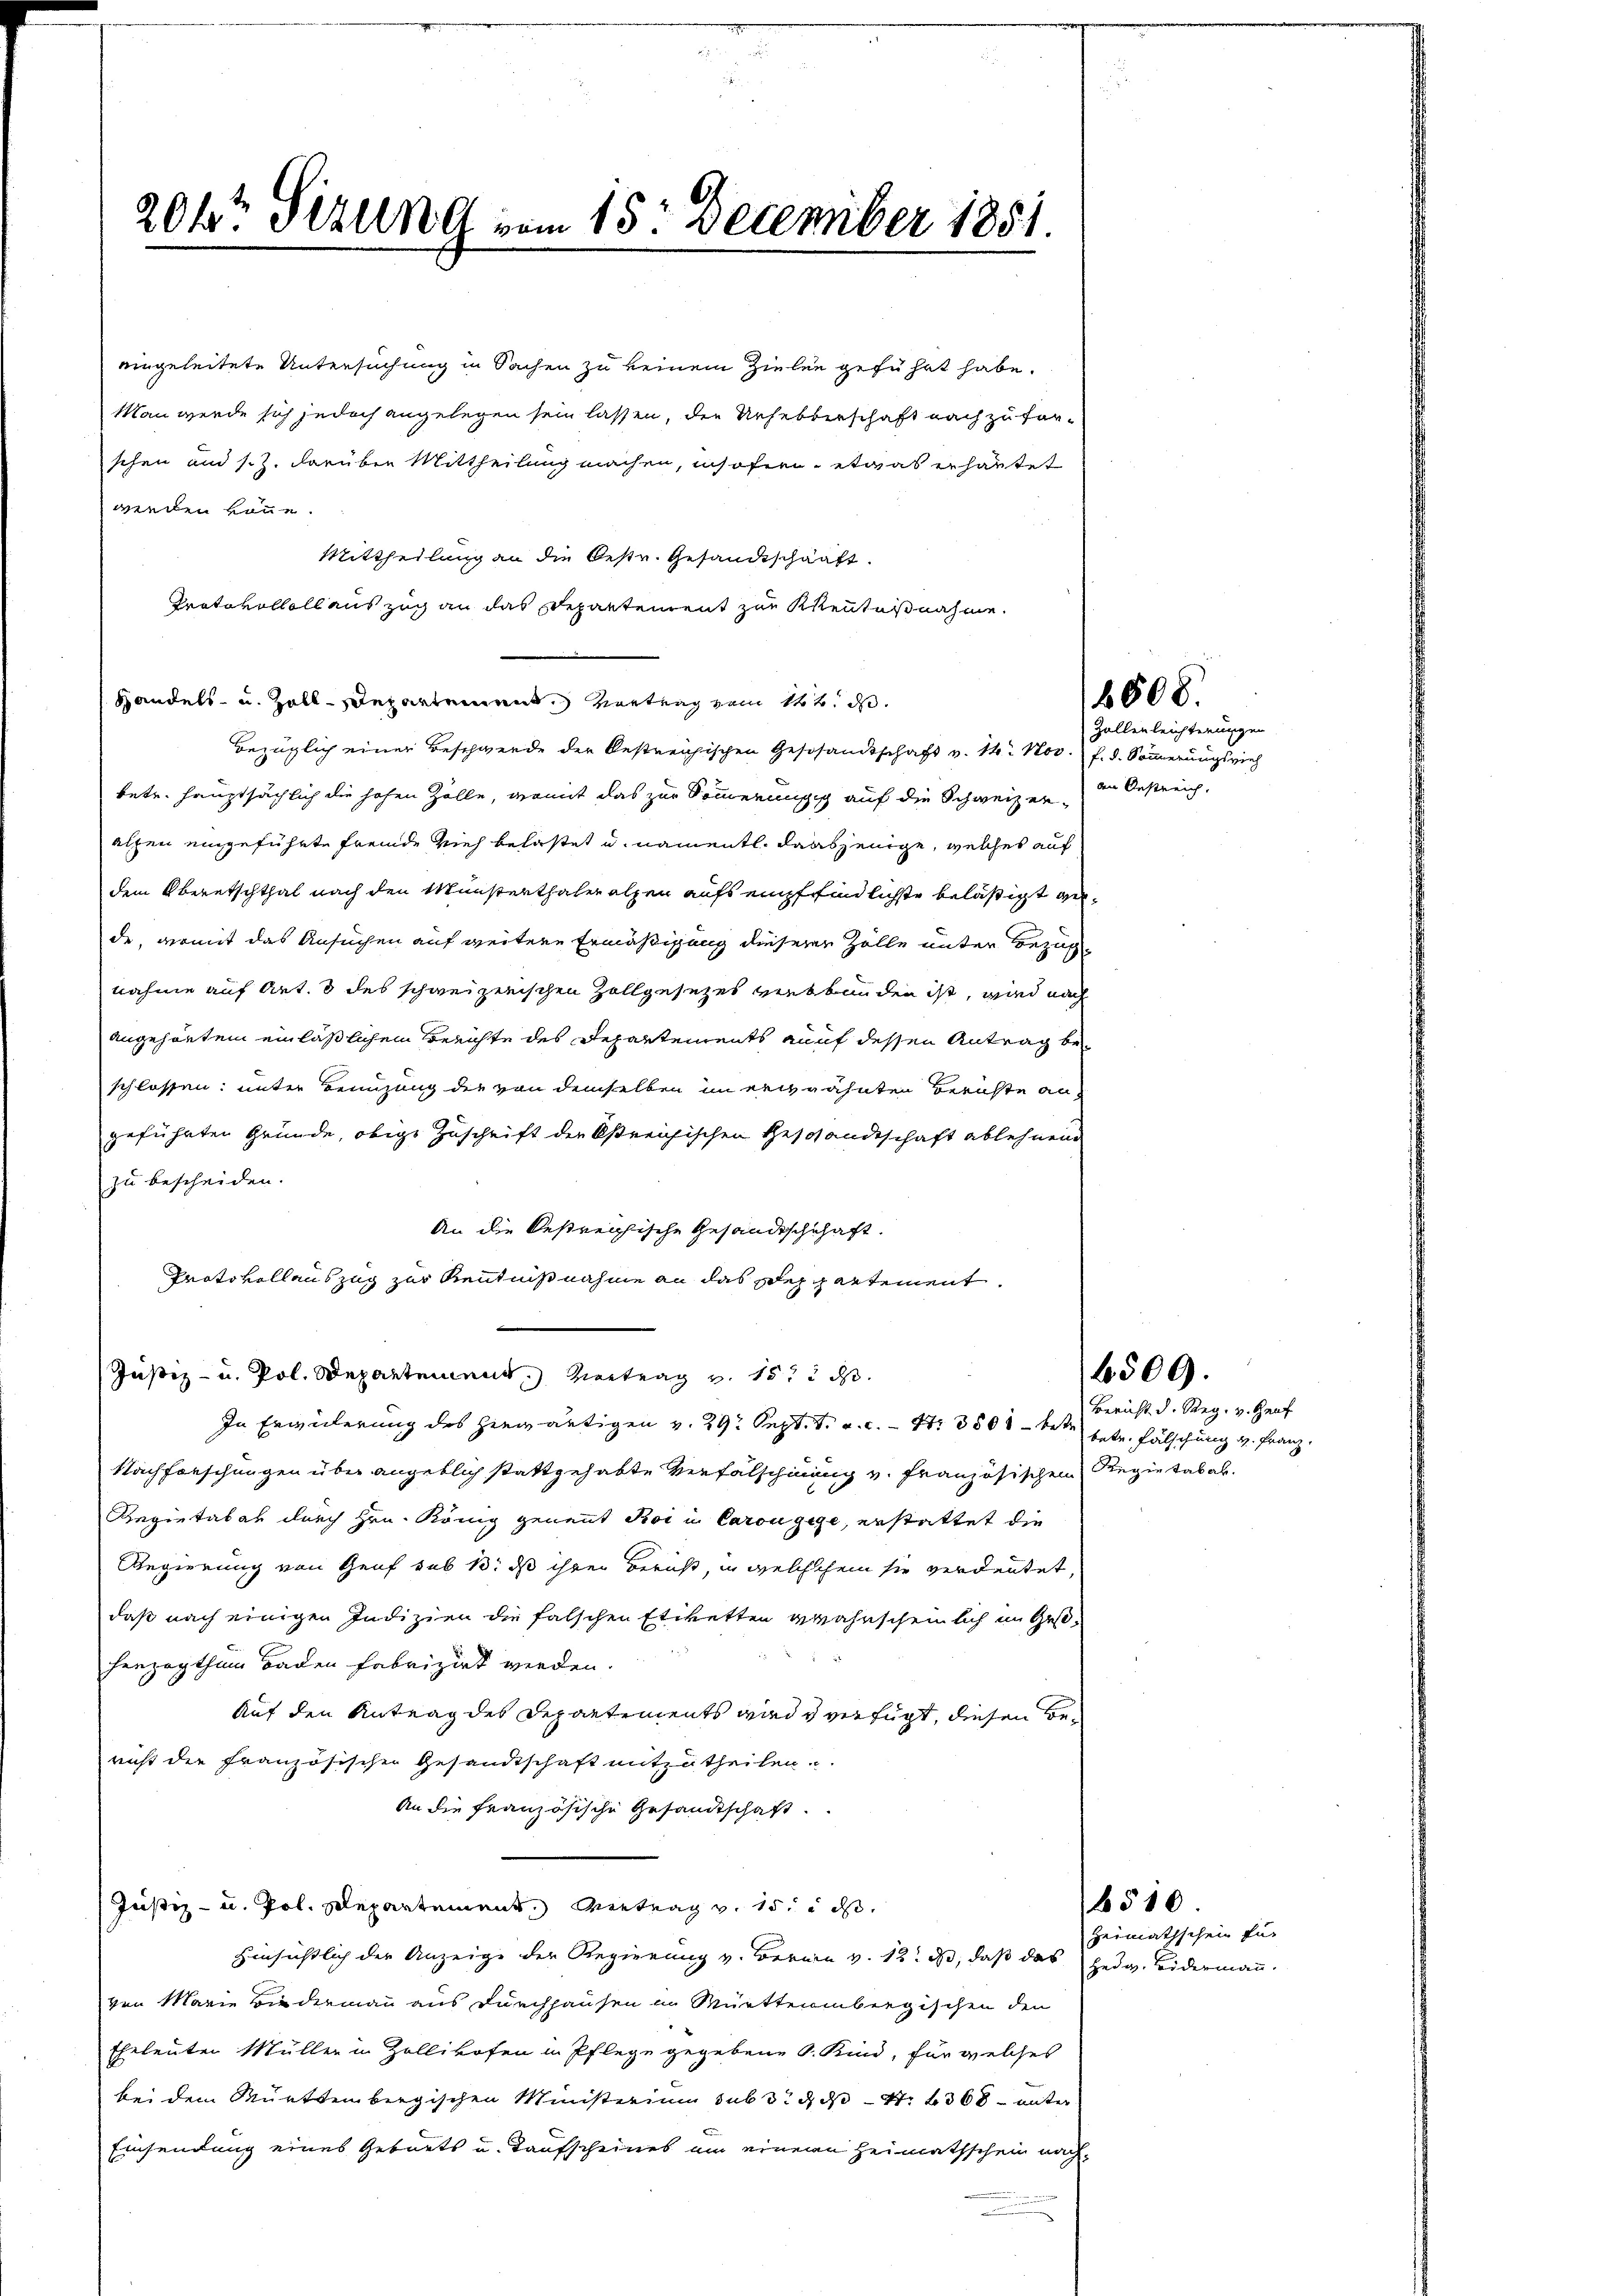
20kr. Sizung vom 15. December 1851.

eingeleitete Untersuchung in Sachen zu keinem Zielen geführt habe.
Man werde sich jedoch angelegen sein lassen, die Urhebberschaft nach zuforschen und s. Z. darüber Mittheilung machen, insofern etwas erhautet
werden könne.
Mittheilung an die bestr. Gesandtschaft.
Protokolloll auszug an das Departement zur Kenntnisnahme.
Handels- u. Zoll-Departement. Vortrag vom 14t. d.
bezüglich einer Beschwerde der bestreichischen Geschandschaft v. 14. Nov. f. d. Sonnerungsvieh
betr. hauptsächlich die hohen Zölle, womit das zur Sommerungig auf die Schweizeralpen eingeführte Fremde Vieh belastet u. namentl. dasjenige, welches auf
dem Oberatschthal nach den Münsterthaleralpen aufs empffindlichste belästigt werde, womit das Ansuchen auf weitere Ermäßigung dieserer Zolle unter Bezugnahme auf Art. 8 des schweizerischen Zollgesetzes verbunden ist, wird nach
angehörten einläßlichen Berichte des Departements auf dessen Antrag beschlossen: unter Benuzung der von demselben im erwähnten Berichte an
geführten Gründe, obige Zuschrift der Oßreichischen Geschandschaft ablehnend
zu bescheiden.
An die bestreichische Gesandtschschaft.
Protokollauszug zur Kenntnißnahme an das Departement.
Justiz- u. Pol. Departemend Vertrag v. 15t d.
In Erwiderung des herwärtigen v. 29 Sept. v. a. c. S. 3500 betr betr. Fälschung v. Franz,
Nachforschungen über angeblich stattgehabte Verfälschinung v. Französischen Regietab ab.
Repietater durch Hrn. König genannt Roi i Carougige, erstattet die
Regierung von Genf sub 13. ds ihrer Beruht, in welchchem sie verdeutet,
daß nach einigen Indizien die falschen Etiketten wahrscheinlich im Gesherzogthum Baden Fabrizirt werden.
Auf den Antrag des Departements wird verfügt, diesen Bericht die französischen Gesandtschaft mitzutheilen.
An die französische Gesandtschaft.
Justiz- u. Pol. Departement, Vertrag v. 15. ds.
Hinsichtlich der Anzeige der Regierung v. Berau v. 13. ds, daß das
gen Marie Biedermann aus durchhausen in Württembergischen den
Eheleuten Müller in Zollikofen in Pflege gegebene S. Kind, für welches
bei dem Württembergischen Ministerium sub 3. d. 4. 368 unter
Einsendung eines Geburts u. Taufscheines um einern Heimathschein nach¬

Zollenleichterungen
dn Oestreich.

8608.

6509.

Heimathschen für
Hedg. Beidermann.

6510.

Bericht d. Reg. v. Graf